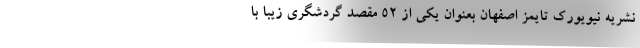
نشریه نیویورک تایمز اصفهان بعنوان یکی از ۵۲ مقصد گردشگری زیبا با